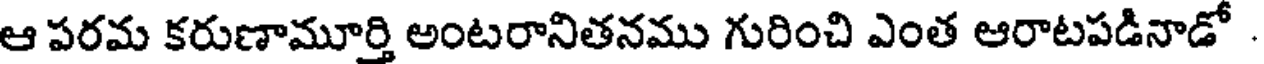
ఆ పరమ కరుణామూర్తి అంటరానితనము గురించి ఎంత ఆరాటపడినాడో